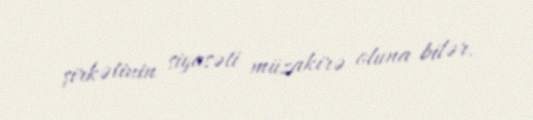
şirkətinin siyasəti müzakirə oluna bilər.